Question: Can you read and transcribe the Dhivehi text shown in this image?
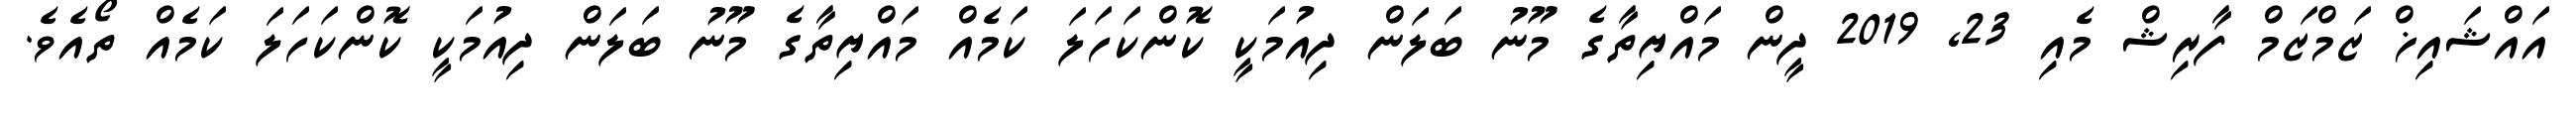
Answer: އައްޝައިޚް ޒަމްޒަމް ފާރިޝް މެއި 23, 2019 ދީން މައްޔިތާގެ މޫނު ބަލަން ދިއުމަކީ ކޮންކަހަލަ ކަމެއް މައްޔިތާގެ މޫނު ބަލަން ދިއުމަކީ ކޮންކަހަލަ ކަމެއް ތޯއެވެ.